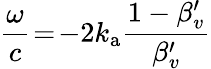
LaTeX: \frac{\omega}{c}\! =\! -2k_{\mathrm{a}}\frac{1-\beta_{v}^{\prime}}{\beta_{v}^{\prime}}